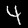
Label: 4